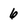
Character: 6